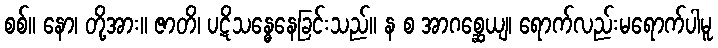
စစ်။ နော၊ တို့အား။ ဇာတိ၊ ပဋိသန္ဓေနေခြင်းသည်။ န စ အာဂစ္ဆေယျ၊ ရောက်လည်းမရောက်ပါမူ